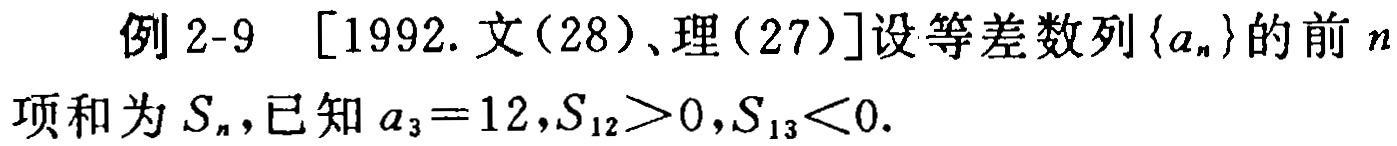
例 2-9 [1992. 文(28)、理(27)]设等差数列\(\{a_{n}\}\)的前\(n\)项和为\(S_{n}\),已知\(a_{3}=12,S_{12}>0,S_{13}<0\).